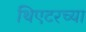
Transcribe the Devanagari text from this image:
थिएटरच्या